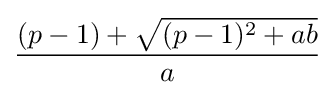
{\frac {(p-1)+{\sqrt {(p-1)^{2}+ab}}}{a}}